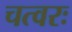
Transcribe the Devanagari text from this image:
चत्वरः